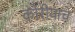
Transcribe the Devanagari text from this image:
कोरीयाचे